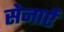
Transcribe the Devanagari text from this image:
सेनाऐं